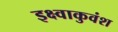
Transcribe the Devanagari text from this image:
इक्ष्वाकुवंश